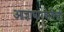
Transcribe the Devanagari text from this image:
आज्ञाधारकेतेची